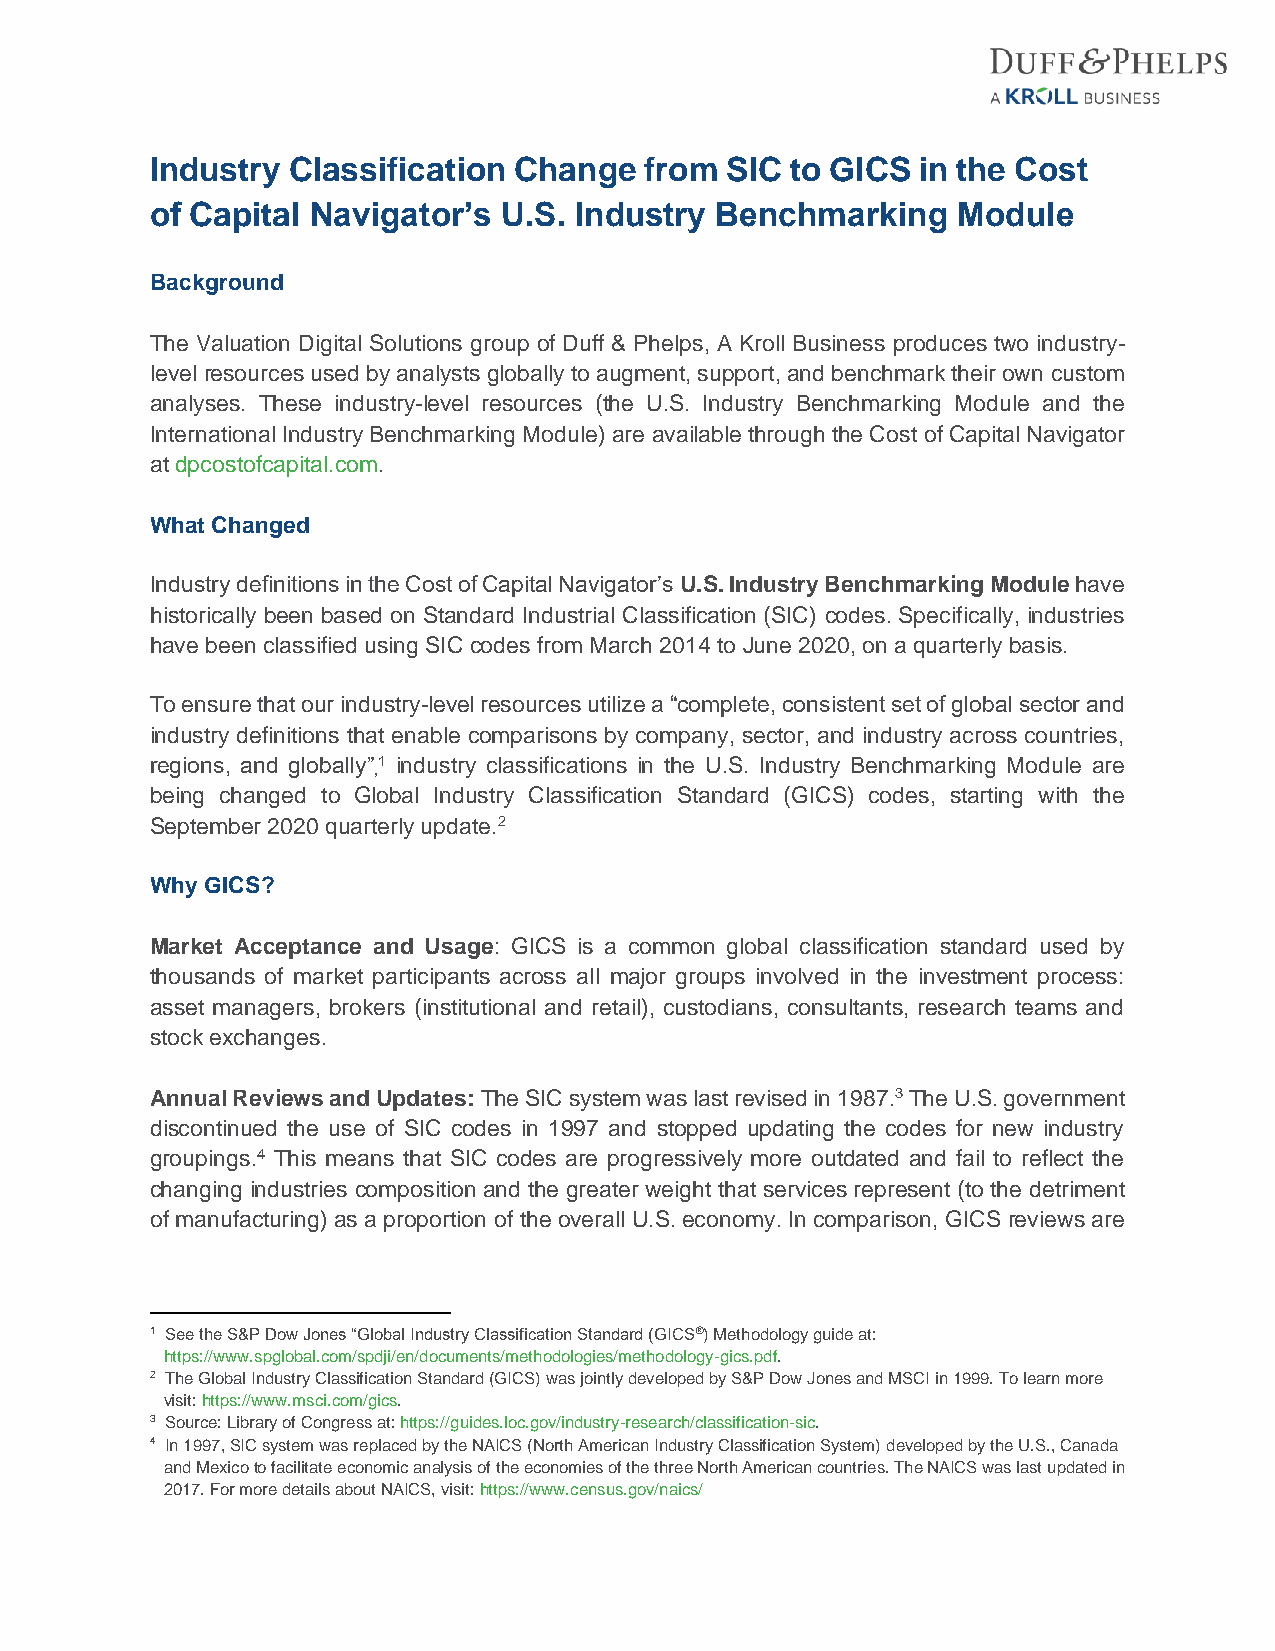
Industry Classification Change   from SIC to GICS  in the Cost
 of Capital Navigator’s U.S. Industry Benchmarking    Module
 Background
 The Valuation Digital Solutions group of Duff & Phelps, A Kroll Business produces two industry-
 level resources used by analysts globally to augment, support, and benchmark their own custom
 analyses. These industry-level resources (the U.S. Industry Benchmarking Module and the
 International Industry Benchmarking Module) are available through the Cost of Capital Navigator
 at dpcostofcapital.com.
 What Changed
 Industry definitions in the Cost of Capital Navigator’s U.S. Industry Benchmarking Module have
 historically been based on Standard Industrial Classification (SIC) codes. Specifically, industries
 have been classified using SIC codes from March 2014 to June 2020, on a quarterly basis.
 To ensure that our industry-level resources utilize a “complete, consistent set of global sector and
 industry definitions that enable comparisons by company, sector, and industry across countries,
 regions, and globally”1 industry classifications in the U.S. Industry Benchmarking Module are
 ,
 being changed to Global Industry Classification Standard (GICS) codes, starting with the
 September 2020 quarterly update.2
 Why GICS?
 Market Acceptance and Usage: GICS is a common global classification standard used by
 thousands of market participants across all major groups involved in the investment process:
 asset managers, brokers (institutional and retail), custodians, consultants, research teams and
 stock exchanges.
 Annual Reviews and Updates: The SIC system was last revised in 1987.3 The U.S. government
 discontinued the use of SIC codes in 1997 and stopped updating the codes for new industry
 groupings.4 This means that SIC codes are progressively more outdated and fail to reflect the
 changing industries composition and the greater weight that services represent (to the detriment
 of manufacturing) as a proportion of the overall U.S. economy. In comparison, GICS reviews are
 1 See the S&P Dow Jones “Global Industry Classification Standard (GICS®) Methodology guide at:
 https://www.spglobal.com/spdji/en/documents/methodologies/methodology-gics.pdf.
 2 The Global Industry Classification Standard (GICS) was jointly developed by S&P Dow Jones and MSCI in 1999. To learn more
 visit: https://www.msci.com/gics.
 3 Source: Library of Congress at: https://guides.loc.gov/industry-research/classification-sic.
 4 In 1997, SIC system was replaced by the NAICS (North American Industry Classification System) developed by the U.S., Canada
 and Mexico to facilitate economic analysis of the economies of the three North American countries. The NAICS was last updated in
 2017. For more details about NAICS, visit: https://www.census.gov/naics/